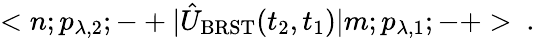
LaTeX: <n;p_{\lambda,2};-+|\hat{U}_{\mathrm{BRST}}(t_{2},t_{1})|m;p_{\lambda,1};-+>\ .